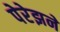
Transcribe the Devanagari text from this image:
पेरेझने